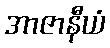
အာဇာနီယံ